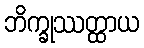
ဘိက္ခုဿတ္ထာယ